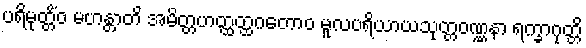
ပရိမုတ္တိံဝ မဟန္တာတိ အမိတ္တဟတ္ထတ္ထဂတောဝ မူလပရိယာယသုတ္တဝဏ္ဏနာ ရက္ခာဂုတ္တိ